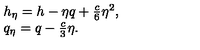
\begin{array} { l } { h _ { \eta } = h - \eta q + { \frac { c } { 6 } } \eta ^ { 2 } , } \\ { q _ { \eta } = q - { \frac { c } { 3 } } \eta . } \\ \end{array}